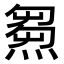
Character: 𤌉